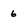
Character: 6